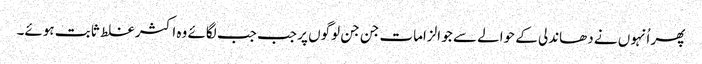
پھر اُنہوں نے دھاندلی کے حوالے سے جو الزامات جن جن لوگوں پر جب جب لگائے وہ اکثر غلط ثابت ہوئے۔